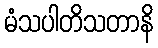
မံသပါတိသတာနိ